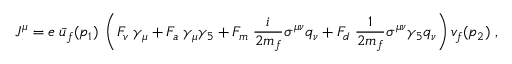
J ^ { \mu } = e \; \bar { u } _ { f } ( p _ { 1 } ) \; \left( F _ { v } \; \gamma _ { \mu } + F _ { a } \; \gamma _ { \mu } \gamma _ { 5 } + F _ { m } \; \frac { i } { 2 m _ { f } } \sigma ^ { \mu \nu } q _ { \nu } + F _ { d } \; \frac { 1 } { 2 m _ { f } } \sigma ^ { \mu \nu } \gamma _ { 5 } q _ { \nu } \right) v _ { f } ( p _ { 2 } ) \; ,